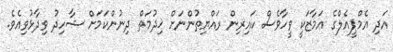
އަދި އެމްޕީއެލްގެ އަމާޒަކީ ވީހާވެސް ކައިރިން ރައްޔިތުންނަށް ޚިދުމަތް ދިނުންކަމަށް ޝާހިދު ވިދާޅުވިއެވެ.